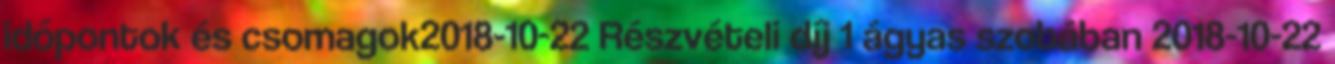
időpontok és csomagok2018-10-22 Részvételi díj 1 ágyas szobában 2018-10-22